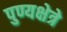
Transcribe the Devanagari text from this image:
पुण्यक्षेत्रे